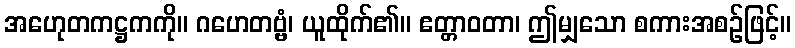
အဟေုတကဋ္ဌကကို။ ဂဟေတဗ္ဗံ၊ ယူထိုက်၏။ ဧတ္တာဝတာ၊ ဤမျှသော စကားအစဉ်ဖြင့်။